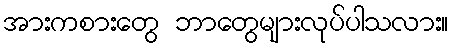
အားကစားတွေ ဘာတွေများလုပ်ပါသလား။